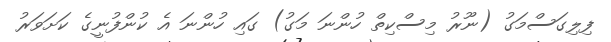
ފިލިގަސްމަގު (ނޫރު މިސްކިތް ހުންނަ މަގު) ގައި ހުންނަ އެ ކުންފުނީގެ ކަށަވަރު